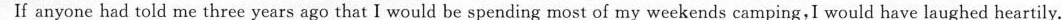
If anyone had told me three years ago that I would be spending most of my weekends camping,I would have laughed heartily.